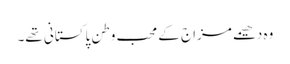
وہ دھیمے مزاج کے محب وطن پاکستانی تھے۔